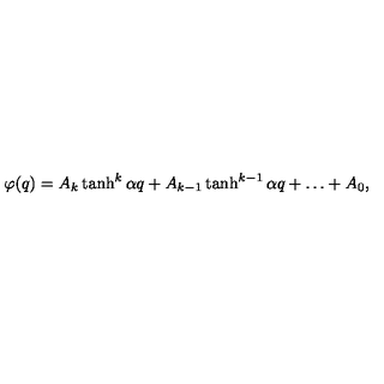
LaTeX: \varphi ( q ) = A _ { k } \tanh ^ { k } { \alpha q } + A _ { k - 1 } \tanh ^ { k - 1 } { \alpha q } + \ldots + A _ { 0 } ,